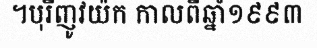
។បុរីញូវយ៉ក កាលពីឆ្នាំ១៩៩៣